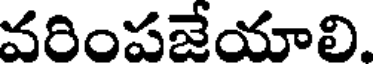
వరింపజేయాలి.